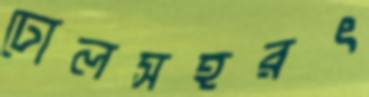
ঢোলসহরৎ